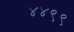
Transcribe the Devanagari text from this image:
४४९९